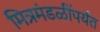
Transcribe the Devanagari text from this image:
मित्रमंडळींपर्यंत